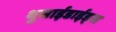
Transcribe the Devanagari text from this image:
थुसाईडाईड्स